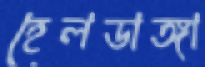
হেলডাঙ্গা